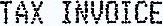
TAX INVOICE